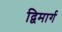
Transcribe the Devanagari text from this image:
द्विमार्ग